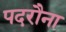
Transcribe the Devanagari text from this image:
पदरौना